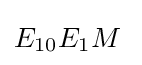
E_{10}E_{1}M\;